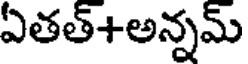
ఏతత్+అన్నమ్